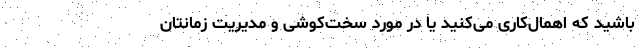
باشید که اهمال‌کاری می‌کنید یا در مورد سخت‌کوشی و مدیریت زمانتان